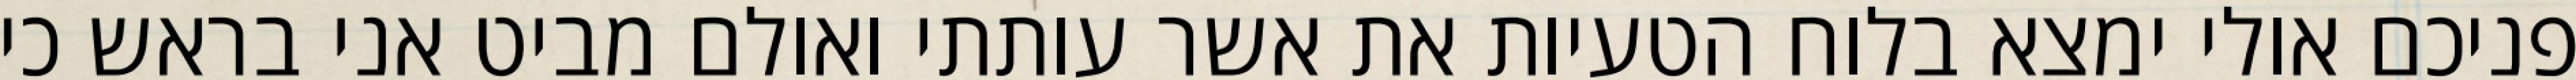
פניכם אולי ימצא בלוח הטעיות את אשר עותתי ואולם מביט אני בראש כי